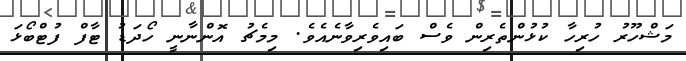
މަޝްހޫރު ހުރިހާ ކުޅުންތެރިން ވެސް ބައިވެރިވާނެއެވެ. މިމެޗު އޮންނާނީ ހޯދަޑު ޓާފް ފުޓްބޯޅަ